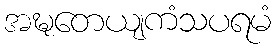
အဍ္ဎတေယျကံသပရမံ